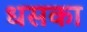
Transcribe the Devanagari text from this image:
धसका